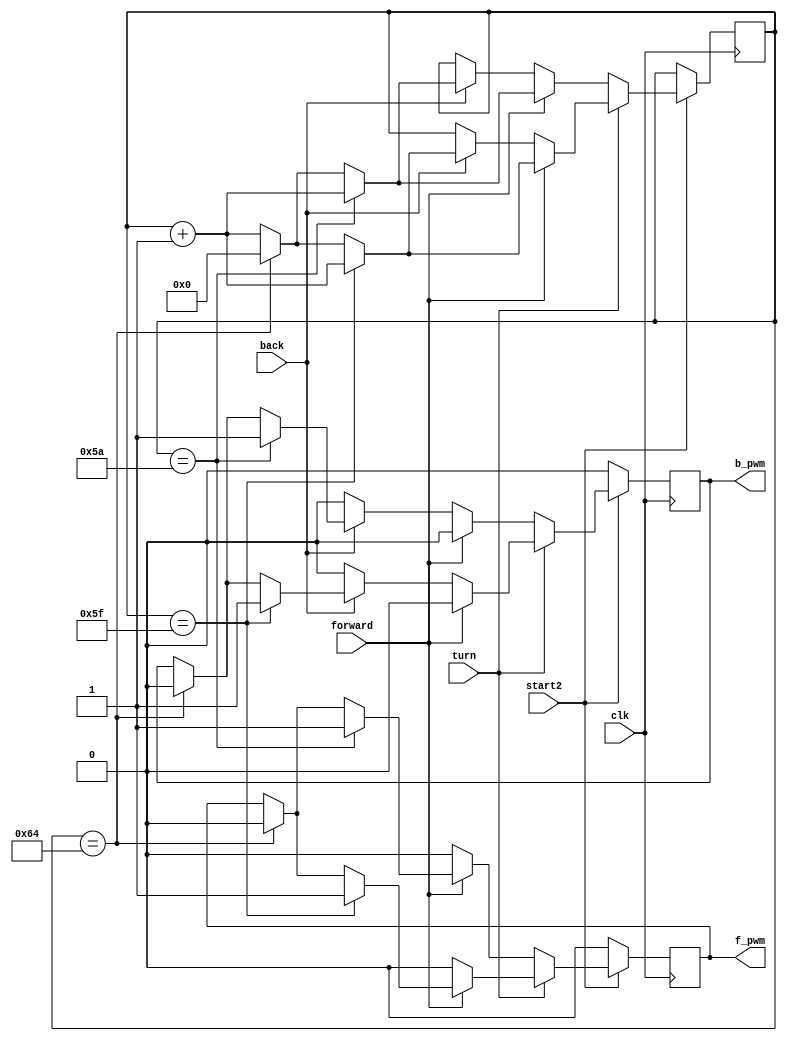
module electric_machinery(forward,back,clk,f_pwm,b_pwm,turn,start2);//
input forward,back,clk,turn,start2;	//
output reg f_pwm,b_pwm;	//pwm

reg [10:0]count;

initial 
begin
count <= 0;
end

always@(posedge clk)	
begin
if(!start2)
begin
	f_pwm<=0;
	b_pwm<=0;
end
else
begin
	if(turn)	//5%
	begin
		if(forward)//pwm0
		begin
		b_pwm<=0;
		if(count==95)
		begin
			f_pwm<=1;
			count<=count+1;
		end
		else if(count==100)
		begin
			f_pwm<=0;
			count<=0;
		end
		else
		begin
			count<=count+1;
		end
		end
		else if(back)//b_pwm
		begin
		f_pwm<=0;
		if(count==95)
		begin
			b_pwm<=1;
			count<=count+1;
		end
		else if(count==100)
		begin
			b_pwm<=0;
			count<=0;
		end
		else
		begin
			count<=count+1;
		end
		end
		else//
		begin
		f_pwm<=0;
		b_pwm<=0;
		end
	end
	
	
	else		//5%
	begin
		if(forward)//pwm0
		begin
		b_pwm<=0;
		if(count==90)
		begin
			f_pwm<=1;
			count<=count+1;
		end
		else if(count==100)
		begin
			f_pwm<=0;
			count<=0;
		end
		else
		begin
		count<=count+1;
		end
		end
	else if(back)//b_pwm
	begin
		f_pwm<=0;
		if(count==90)
		begin
			b_pwm<=1;
			count<=count+1;
		end
		else if(count==100)
		begin
			b_pwm<=0;
			count<=0;
		end
		else
		begin
			count<=count+1;
		end
	end
	else//
	begin
		f_pwm<=0;
		b_pwm<=0;
	end
	end
end

end

endmodule